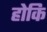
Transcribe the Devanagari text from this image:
होकि